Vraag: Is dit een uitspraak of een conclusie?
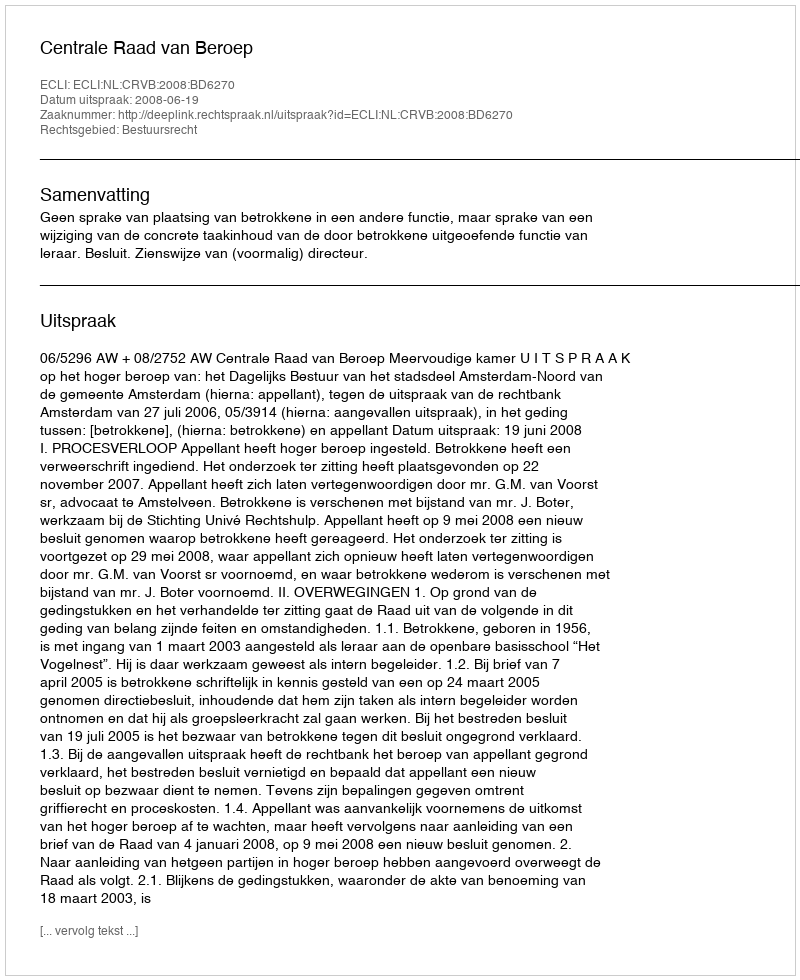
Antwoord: Uitspraak